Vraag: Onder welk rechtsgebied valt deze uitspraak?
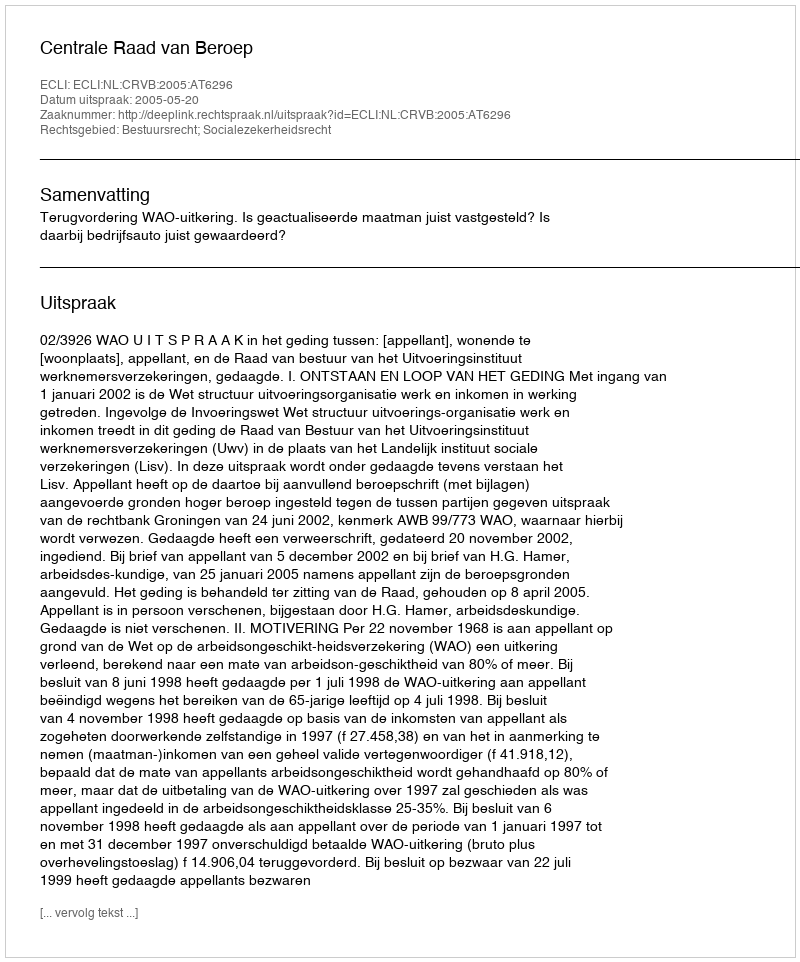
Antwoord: Bestuursrecht; Socialezekerheidsrecht